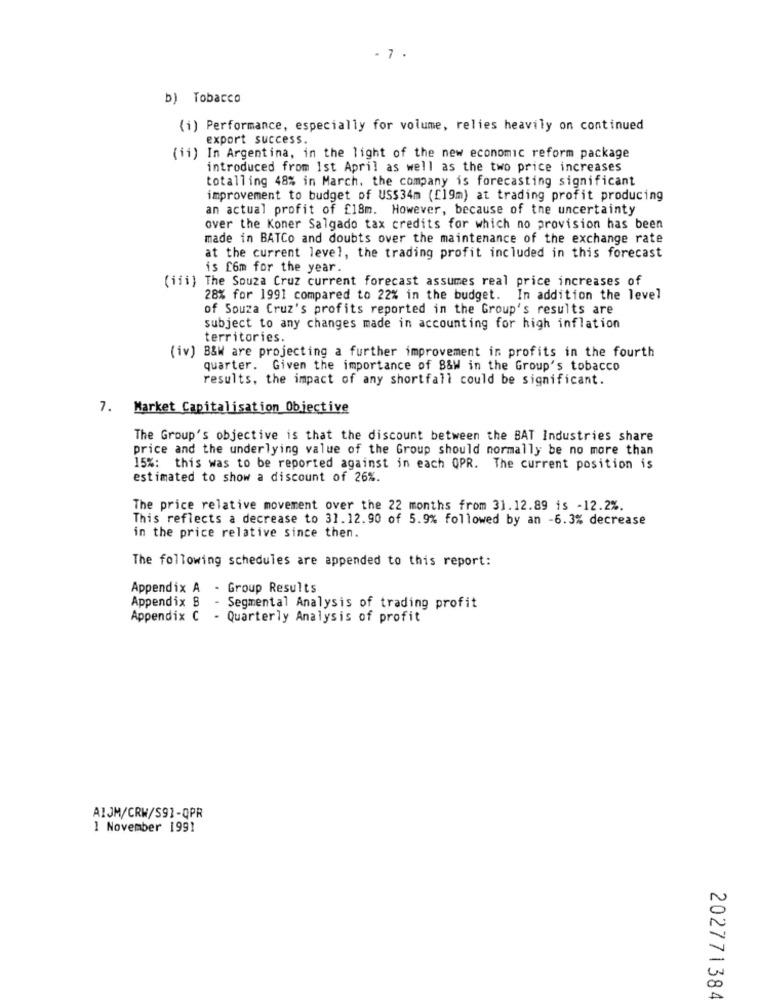
. 7.
b) Tobacco
(i) Performance, especially for volume, relies heavily on continued
export success.
(ii) In Argentina, in the light of the new economic reform package
introduced from 1st April as well as the two price increases
totalling 48% in March, the company is forecasting significant
improvement to budget of US$34m ([19m) at trading profit producing
an actual profit of £18m. However, because of the uncertainty
over the Koner Salgado tax credits for which no provision has been
made in BATCo and doubts over the maintenance of the exchange rate
at the current level, the trading profit included in this forecast
is Com for the year.
(iii) The Souza Cruz current forecast assumes real price increases of
28% for 1991 compared to 22% in the budget. In addition the level
of Souza Cruz's profits reported in the Group's results are
subject to any changes made in accounting for high inflation
territories.
(iv) B&W are projecting a further improvement in profits in the fourth
quarter. Given the importance of B&W in the Group's tobacco
results, the impact of any shortfall could be significant.
7. Market Capitalisation Objective
The Group's objective is that the discount between the BAT Industries share
price and the underlying value of the Group should normally be no more than
15%: this was to be reported against in each QPR. The current position is
estimated to show a discount of 26%.
The price relative movement over the 22 months from 31.12.89 is -12.2%.
This reflects a decrease to 31.12.90 of 5.9% followed by an -6.3% decrease
in the price relative since then.
The following schedules are appended to this report:
Appendix A - Group Results
Appendix 8
- Segmental Analysis of trading profit
Appendix C - Quarterly Analysis of profit
AIJM/CRW/S91-QPR
1 November 1991
202771384